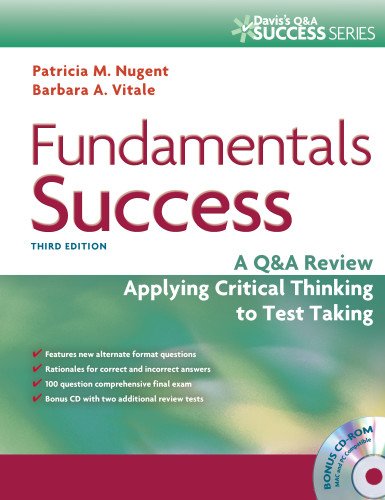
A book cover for Fundamentals Success: A Q&A Review Applying Critical Thinking to Test Taking (Davis's Q&a Success); Patricia M. Nugent RN  EdD; Test Preparation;